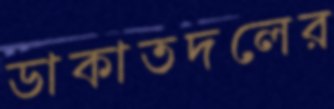
ডাকাতদলের